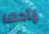
رادها